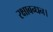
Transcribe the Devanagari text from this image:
रक्षाबन्धन।